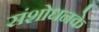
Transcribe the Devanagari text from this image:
संशोधनके